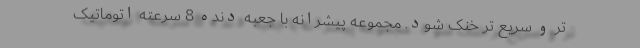
تر و سریع تر خنک شود. مجموعه پیشرانه با جعبه دنده 8 سرعته اتوماتیک